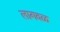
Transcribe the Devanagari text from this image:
लागवळ